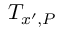
T _ { x ^ { \prime } , P }